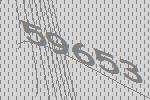
59653